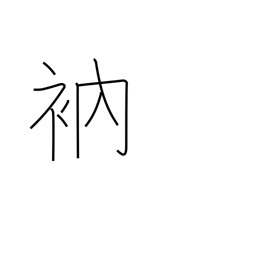
Meaning: mend